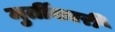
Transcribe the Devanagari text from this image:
मुर्तीकारी